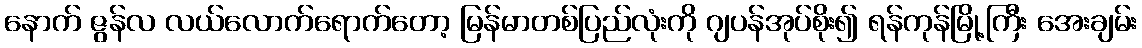
နောက် ဇွန်လ လယ်လောက်ရောက်တော့ မြန်မာတစ်ပြည်လုံးကို ဂျပန်အုပ်စိုး၍ ရန်ကုန်မြို့ကြီး အေးချမ်း